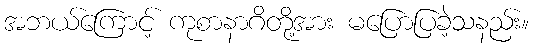
အဘယ်ကြောင့် ကုစာနာဂိတို့အား မပြောပြခဲ့သနည်း။